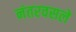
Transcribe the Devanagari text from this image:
नंतरवसले